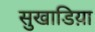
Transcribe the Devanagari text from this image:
सुखाडिय़ा